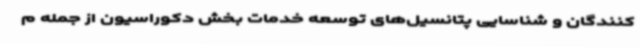
کنندگان و شناسایی پتانسیل‌های توسعه خدمات بخش دکوراسیون از جمله م